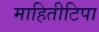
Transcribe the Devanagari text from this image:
माहितीटिपा